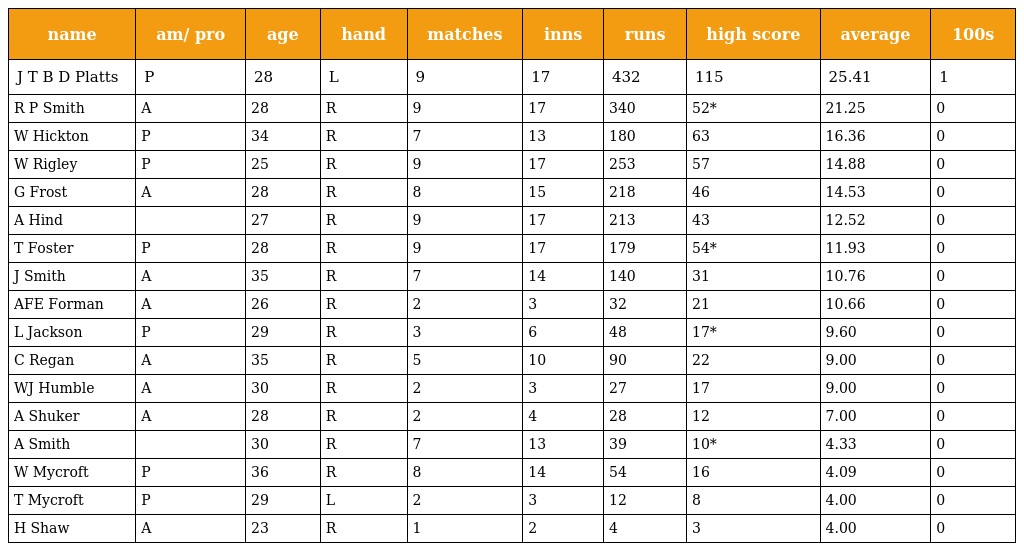
| name | am/ pro | age | hand | matches | inns | runs | high score | average | 100s |
 | --- | --- | --- | --- | --- | --- | --- | --- | --- | --- |
 | J T B D Platts | P | 28 | L | 9 | 17 | 432 | 115 | 25.41 | 1 |
 | R P Smith | A | 28 | R | 9 | 17 | 340 | 52* | 21.25 | 0 |
 | W Hickton | P | 34 | R | 7 | 13 | 180 | 63 | 16.36 | 0 |
 | W Rigley | P | 25 | R | 9 | 17 | 253 | 57 | 14.88 | 0 |
 | G Frost | A | 28 | R | 8 | 15 | 218 | 46 | 14.53 | 0 |
 | A Hind |  | 27 | R | 9 | 17 | 213 | 43 | 12.52 | 0 |
 | T Foster | P | 28 | R | 9 | 17 | 179 | 54* | 11.93 | 0 |
 | J Smith | A | 35 | R | 7 | 14 | 140 | 31 | 10.76 | 0 |
 | AFE Forman | A | 26 | R | 2 | 3 | 32 | 21 | 10.66 | 0 |
 | L Jackson | P | 29 | R | 3 | 6 | 48 | 17* | 9.60 | 0 |
 | C Regan | A | 35 | R | 5 | 10 | 90 | 22 | 9.00 | 0 |
 | WJ Humble | A | 30 | R | 2 | 3 | 27 | 17 | 9.00 | 0 |
 | A Shuker | A | 28 | R | 2 | 4 | 28 | 12 | 7.00 | 0 |
 | A Smith |  | 30 | R | 7 | 13 | 39 | 10* | 4.33 | 0 |
 | W Mycroft | P | 36 | R | 8 | 14 | 54 | 16 | 4.09 | 0 |
 | T Mycroft | P | 29 | L | 2 | 3 | 12 | 8 | 4.00 | 0 |
 | H Shaw | A | 23 | R | 1 | 2 | 4 | 3 | 4.00 | 0 |